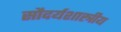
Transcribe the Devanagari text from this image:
सौदर्यशास्त्रीय